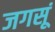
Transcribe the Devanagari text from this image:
जगसूं